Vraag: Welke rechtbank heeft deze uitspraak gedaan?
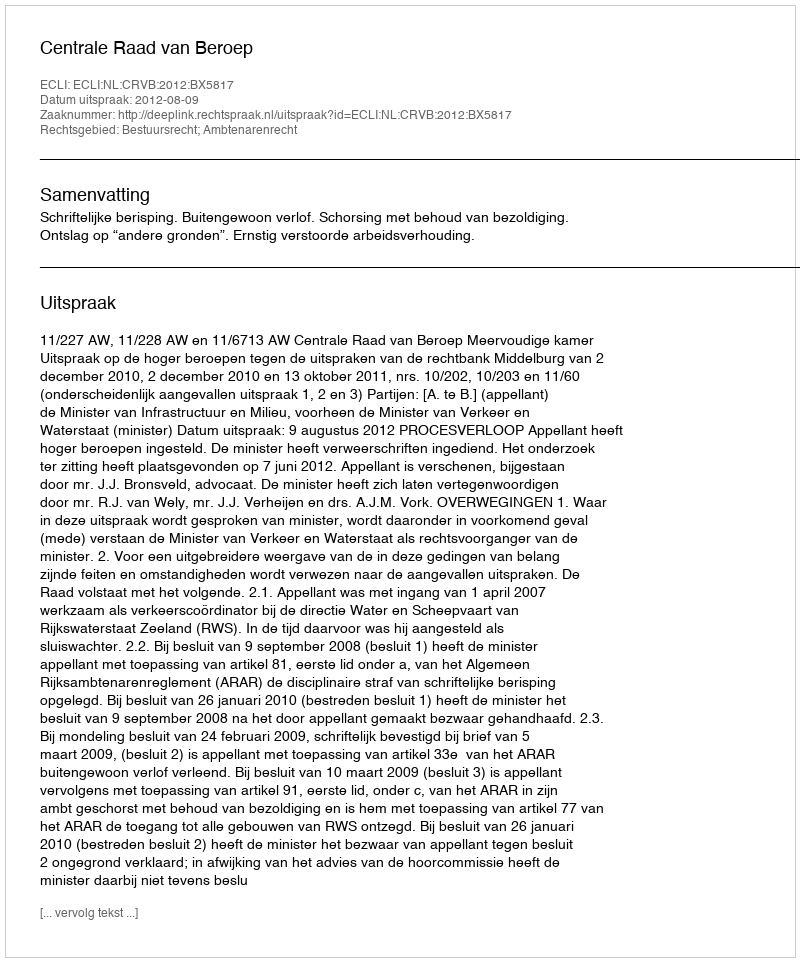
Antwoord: Centrale Raad van Beroep